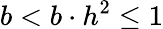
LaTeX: b<b\cdot h^{2}\leq 1